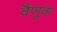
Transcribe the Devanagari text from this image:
वैणुक